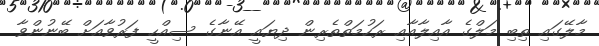
މާލޭގައި ތިބި މަލްގެ އާއިލާއާއި ރަހުމަތްތެރިން ދިޔައީ އޭނާގެ ސިއްހީ ފަރުވާއަށް ބޭނުންވާ